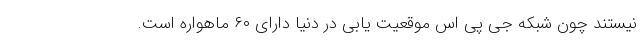
نیستند چون شبکه جی پی اس موقعیت یابی در دنیا دارای ۶۰ ماهواره است.